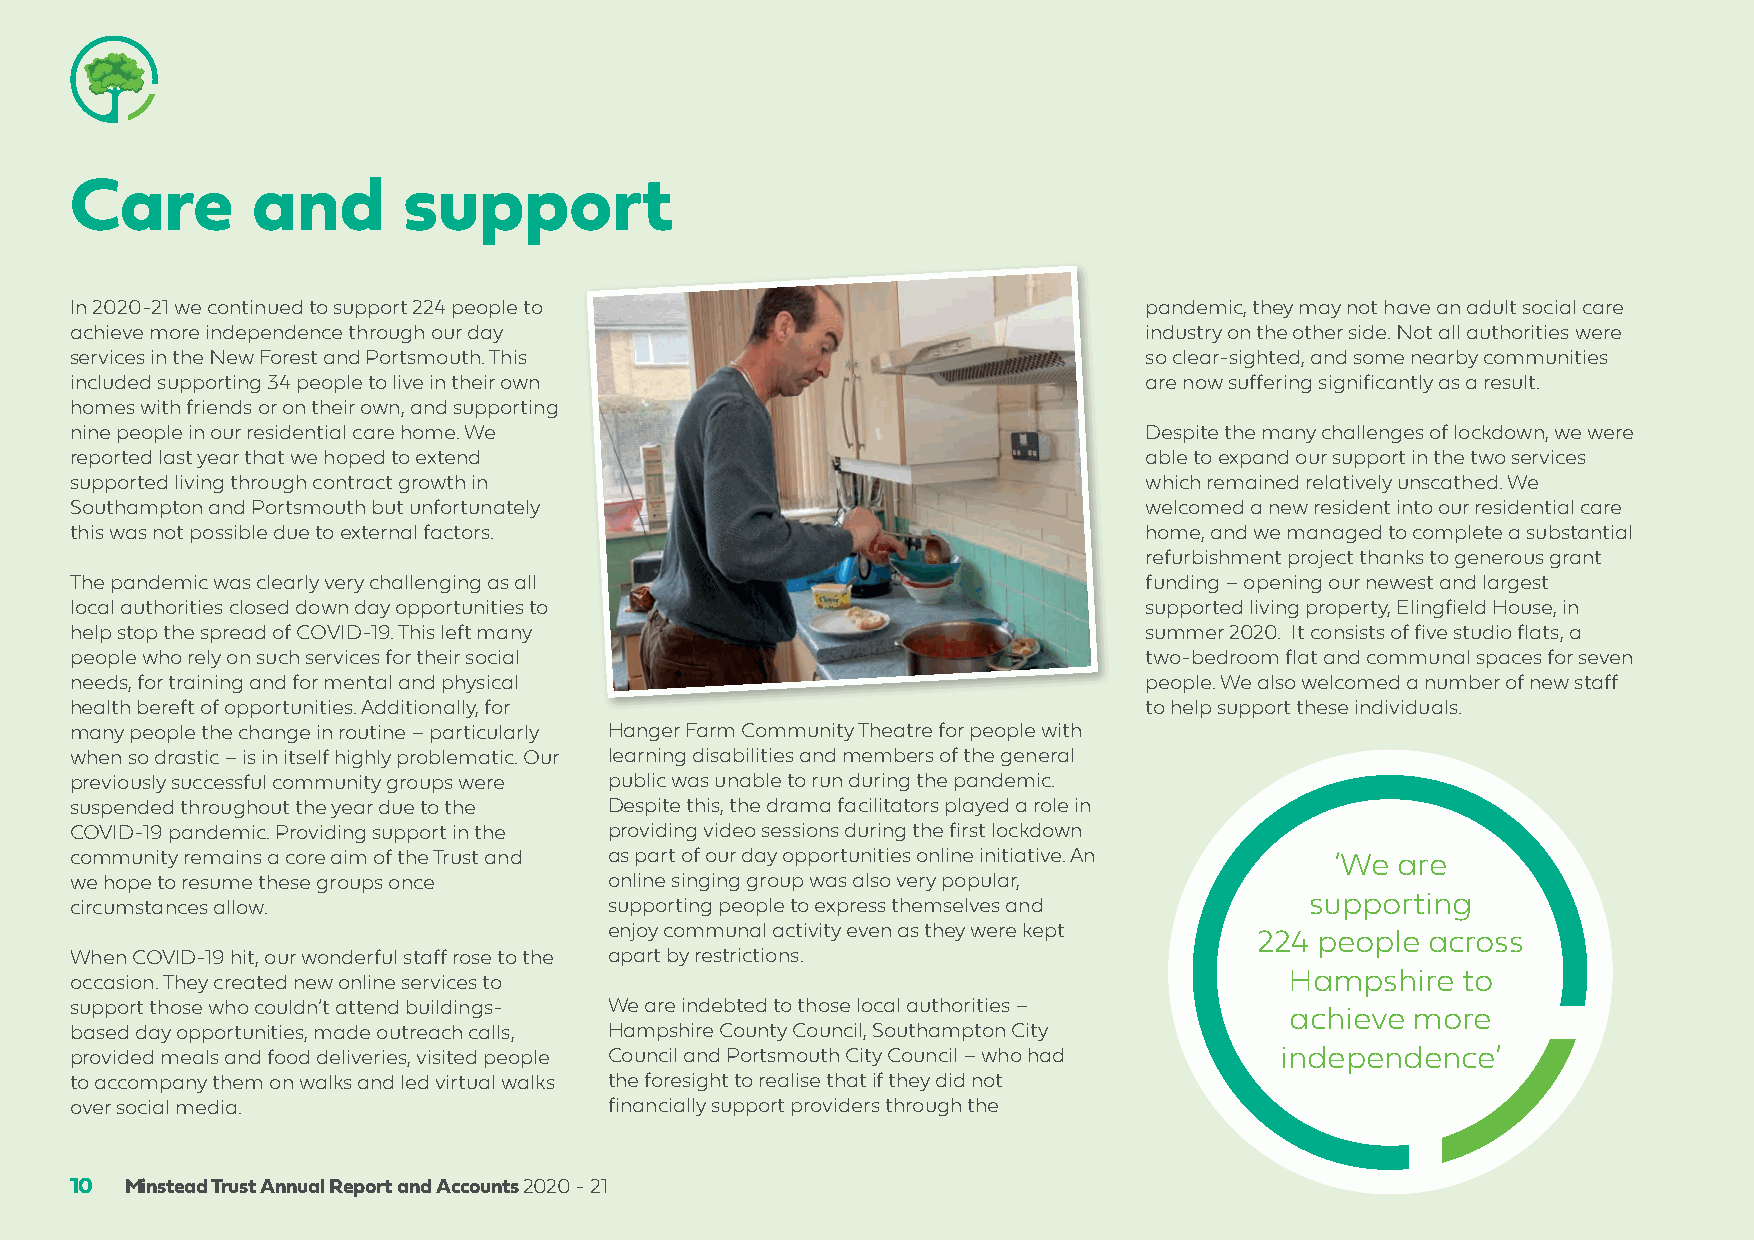
Care        and       support
 In 2020-21 we continued to support 224 people to                       pandemic, they may not have an adult social care
 achieve more independence through our day                              industry on the other side. Not all authorities were
 services in the New Forest and Portsmouth. This                        so clear-sighted, and some nearby communities
 included supporting 34 people to live in their own                     are now suffering significantly as a result.
 homes with friends or on their own, and supporting
 nine people in our residential care home. We                           Despite the many challenges of lockdown, we were
 reported last year that we hoped to extend                             able to expand our support in the two services
 supported living through contract growth in                            which remained relatively unscathed. We
 Southampton and Portsmouth but unfortunately                           welcomed a new resident into our residential care
 this was not possible due to external factors.                         home, and we managed to complete a substantial
 refurbishment project thanks to generous grant
 The pandemic was clearly very challenging as all                       funding – opening our newest and largest
 local authorities closed down day opportunities to                     supported living property, Elingfield House, in
 help stop the spread of COVID-19. This left many                       summer 2020. It consists of five studio flats, a
 people who rely on such services for their social                      two-bedroom flat and communal spaces for seven
 needs, for training and for mental and physical                        people. We also welcomed a number of new staff
 health bereft of opportunities. Additionally, for                      to help support these individuals.
 many people the change in routine – particularly Hanger Farm Community Theatre for people with
 when so drastic – is in itself highly problematic. Our learning disabilities and members of the general
 previously successful community groups were public was unable to run during the pandemic.
 suspended throughout the year due to the Despite this, the drama facilitators played a role in
 COVID-19 pandemic. Providing support in the providing video sessions during the first lockdown
 community remains a core aim of the Trust and as part of our day opportunities online initiative. An ‘We are
 we hope to resume these groups once online singing group was also very popular,
 circumstances allow.               supporting people to express themselves and    supporting
 enjoy communal activity even as they were kept
 224 people across
 When COVID-19 hit, our wonderful staff rose to the apart by restrictions.
 occasion. They created new online services to                                   Hampshire   to
 support those who couldn’t attend buildings- We are indebted to those local authorities –
 achieve more
 based day opportunities, made outreach calls, Hampshire County Council, Southampton City
 provided meals and food deliveries, visited people Council and Portsmouth City Council – who had independence’
 to accompany them on walks and led virtual walks the foresight to realise that if they did not
 over social media.                 financially support providers through the
 10 Minstead Trust Annual Report and Accounts 2020 - 21